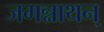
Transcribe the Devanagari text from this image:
जगन्नाथन्